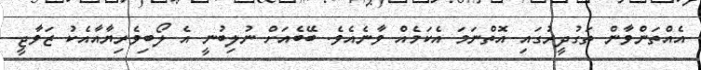
އެއްތަންވާން ތަގުދީރުގައި އޮތްނަމަ އެކަމެއް ވާނެއެވެ. ބޭބެއަށް ނުލިބުނީ އެ ލޯބިވެރިޔާއާއެކު ޒަވާޖީ